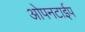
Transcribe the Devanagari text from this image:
ओपनटाईप